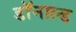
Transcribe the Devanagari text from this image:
डाॅनाल्ड